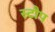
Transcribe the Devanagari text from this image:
स्टौप